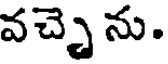
వచ్చె ను.